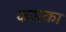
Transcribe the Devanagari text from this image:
कसका